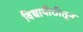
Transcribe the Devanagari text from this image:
विद्यापीठीतून